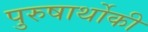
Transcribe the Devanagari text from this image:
पुरुषार्थोकी